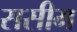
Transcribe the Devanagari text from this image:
ससीम